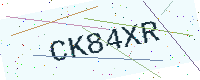
Text: CK84XR